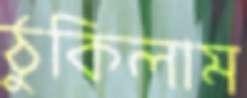
ঠুকিলাম